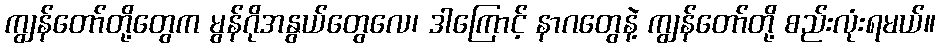
ကျွန်တော်တို့တွေက မွန်ဂိုအနွယ်တွေလေ၊ ဒါကြောင့် နာဂတွေနဲ့ ကျွန်တော်တို့ စည်းလုံးရမယ်။